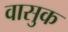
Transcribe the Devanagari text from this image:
वासुक